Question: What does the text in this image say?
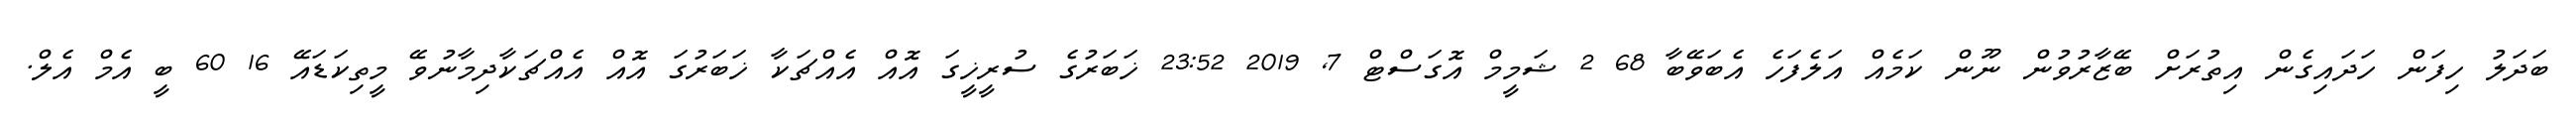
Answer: ބަދަލު ހިފަން ހަދައިގެން އިތުރަށް ބޭޒާރުވުން ނޫން ކަމެއް އަލެފަހެ އެބަވޭބާ 68 2 ޝަމީމް އޮގަސްޓް 7, 2019 23:52 ޚަބަރުގެ ސުރީޚީގަ އޮއް އެއްޗަކާ ޚަބަރުގަ އޮއް އެއްޗަކާދިމާނުވޭ މީތިކަޑައޭ 16 60 ބީ އެމް އެލް.